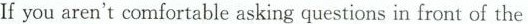
If you aren't comfortable asking questions in front of the